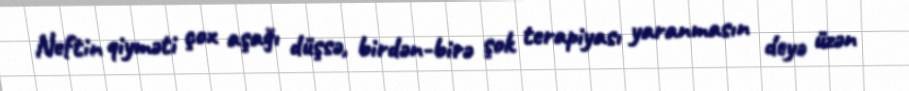
Neftin qiyməti çox aşağı düşsə, birdən-birə şok terapiyası yaranmasın deyə üzən